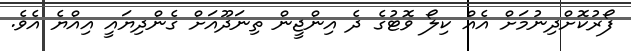
ފޯރުކޮށްދިނުމަށް އެއް ކިލޯ ވޮޓުގެ ދެ އިންޖީން ތިނަދޫއަށް ގެންދިޔައީ އިއްޔެ އެވެ.